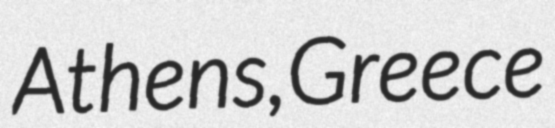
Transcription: Athens, Greece